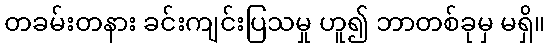
တခမ်းတနား ခင်းကျင်းပြသမှု ဟူ၍ ဘာတစ်ခုမှ မရှိ။